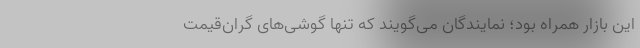
این بازار همراه بود؛ نمایندگان می‌گویند که تنها گوشی‌های گران‌قیمت